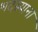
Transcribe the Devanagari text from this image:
भदस्याना